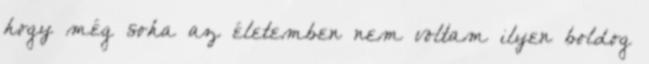
hogy még soha az életemben nem voltam ilyen boldog